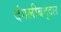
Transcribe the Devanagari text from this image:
दंगलींबद्दल